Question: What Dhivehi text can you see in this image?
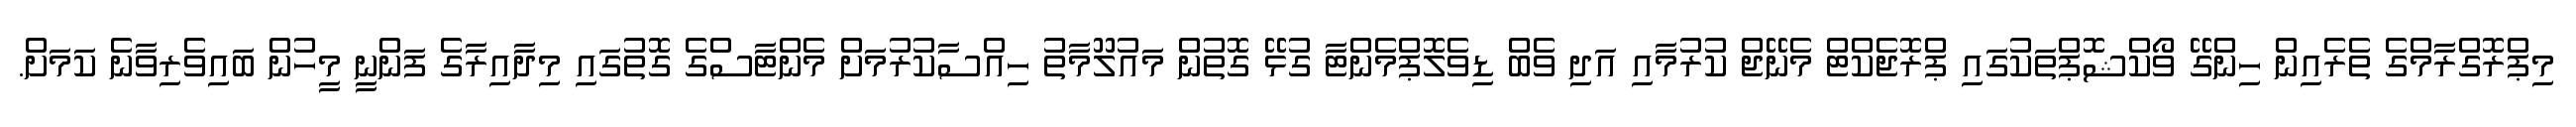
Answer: މިޕްރޮގްރާމްގެ ތެރެއިން ހިންގޭ ވޯކްޝޮޕްތަކުގައި ޕްރޮޖެކްޓް މެނޭޖް ކުރުމާއި އަދި ވެބް ޑިވެލޮޕްމެންޓާ ގުޅޭ ގޮތުން މައުލޫމާތު ހިއްސާކުރުމަށް މެންޓާސްގެ ގޮތުގައި މިދާއިރާގެ ފަންނީ މީހުން ބައިވެރިވާނެ ކަމަށް.